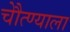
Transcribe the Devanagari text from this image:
चेौत्ण्याला